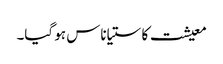
معیشت کا ستیاناس ہو گیا۔